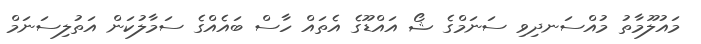
މައުލޫމާތު މުއްސަނދިވި ސަނަމްގެ ޝޯ އައްޑޫގެ އެތައް ހާސް ބައެއްގެ ސަމާލުކަން އަތުލިސަނަމް